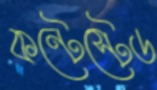
কন্টেস্টেড